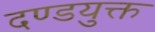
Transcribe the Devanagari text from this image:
दण्डयुक्त